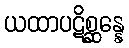
ယထာပဋိစ္ဆန္နေ